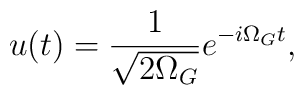
u(t) = \frac{1}{\sqrt{2\Omega_{G}}} e^{-i \Omega_{G} t},